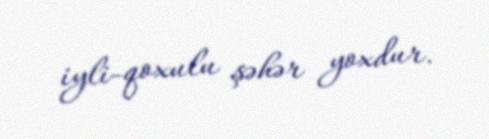
iyli-qoxulu şəhər yoxdur.